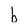
Character: b